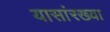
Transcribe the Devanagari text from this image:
यासांरख्या